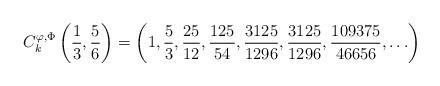
LaTeX: \begin{align*}C_k^{\varphi, \Phi}\left(\frac{1}{3},\frac{5}{6} \right)=\left(1,\frac{5}{3},\frac{25}{12},\frac{125}{54},\frac{3125}{1296}, \frac{3125}{1296}, \frac{109375}{46656},\ldots \right)\end{align*}